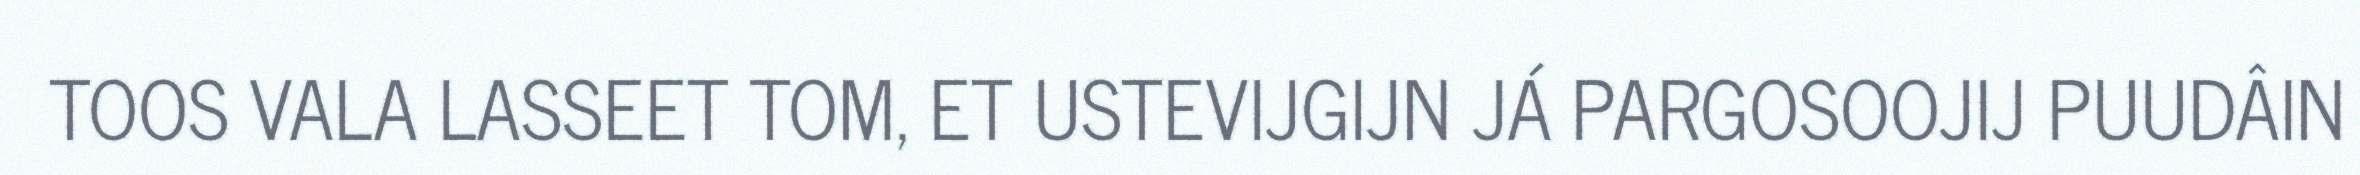
TOOS VALA LASSEET TOM, ET USTEVIJGIJN JÁ PARGOSOOJIJ PUUDÂIN